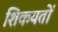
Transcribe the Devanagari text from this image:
शिकयतों